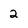
Character: 2